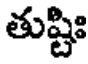
తుష్టిః